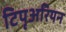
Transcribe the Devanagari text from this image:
टिपृअरियन